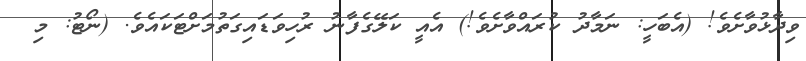
ވިދާޅުވާށެވެ! (އެބަހީ: ނަމާދު ކުރައްވާށެވެ!) އެއީ ކަލޭގެފާނު ރުހިވަޑައިގަތުމަށްޓަކައެވެ. (ނޯޓު: މި